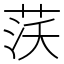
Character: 𦰚